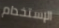
الإستخدام